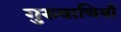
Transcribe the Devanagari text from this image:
गुरुवाणियाँ